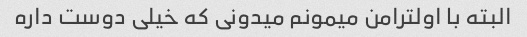
البته با اولترامن میمونم میدونی که خیلی دوست داره